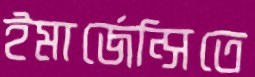
ইমার্জেন্সিতে